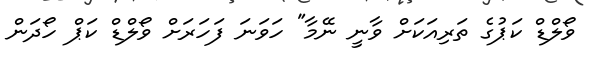
ވޯލްޑް ކަޕުގެ ތަރިއަކަށް ވާނީ ނޭމާ" ހަވަނަ ފަހަރަށް ވޯލްޑް ކަޕް ހޯދަން